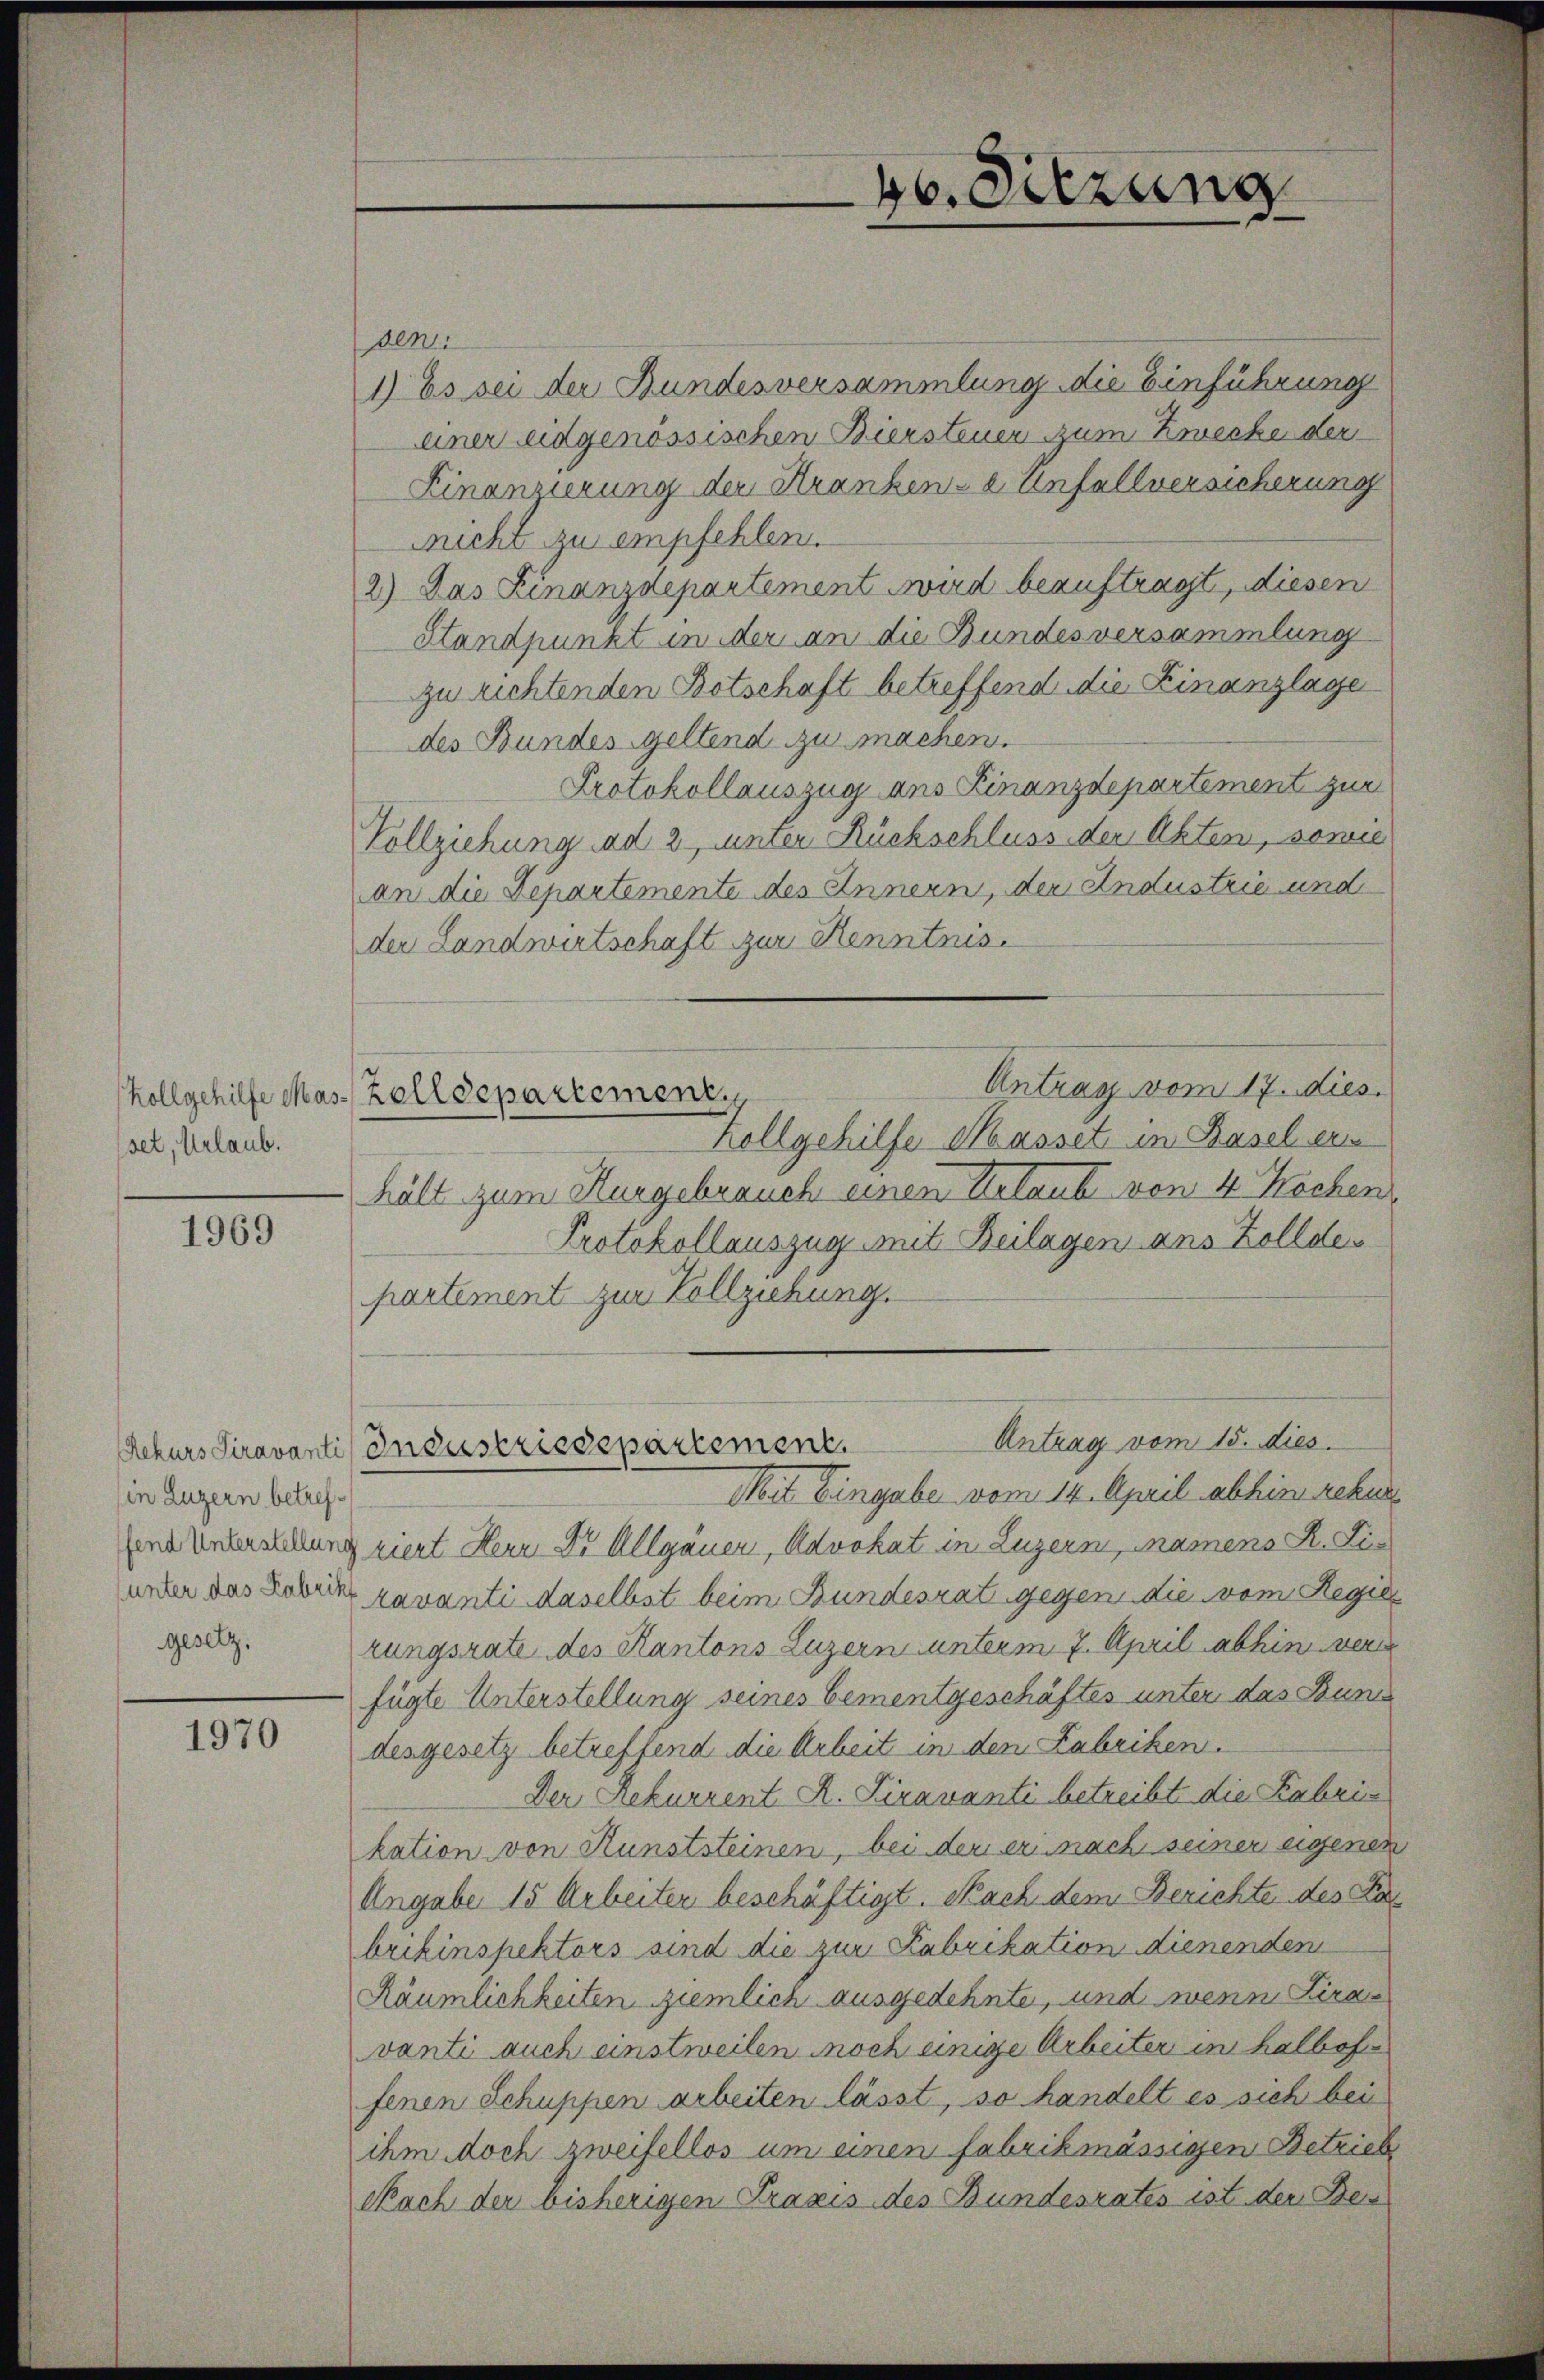
Zollgehilfe Mas-
set, Urlaub.

1969

in Luzern betrefgesetz.

1970

deni
1) Es sei der Bundesversammlung die Einführung
einer eidgenössischen Biersteuer zum Zwecke der
Linanzierung der Strankenze Unfellversicherung
Richt zu empfehlen.
2) Das Finanzdepartement wird beauftragt, diesen
Standpunkt in der an die Bundesversammlung
zu richtenden Botschaft betreffend die Finanzlage
des Bundes Geltend zu machen.
Protokollauszug aus Finanzdepartement zur
Vollziehung ad 2, unter Rückschluss der Akten, sonne
an die Departemente des Innern, der Industrie und
der Landwirtschaft zur Kenntnis.
Antrag vom 17. dies
Kollgehilfe Masset in Basel er
hält zum Kurgebrauch einen Urlaub von 4 Wochen,
Protokollauszug mit Beilagen aus Zolldepartement zur Vollziehung.
Antrag vom 15. dies
Rekurs Siravanti Industriedepartement.
Mit Eingabe vom 14. April abhin rekur
gendererstellung ziert Herr Dr. Allgäuer, Advokat in Luzern, mainens K. Lie
unter das Lobetz ravanti daselbst beim Bundesrat gegen die vom Regierungsrate des Kantons Luzern unterm 7. April abhin ver
fügte Unterstellung seines bementgeschäftes unter das Bun
desgesetz betreffend die Arbeit in den Zabriken.
Der Rekurrent R. Piravanti betreibt die Fabri
kation von Kunststeinen, bei der er nach seiner eigenen
Angabe 15 Arbeiter beschäftigt. Nach dem Berichte des Kanbrikinspektors sind die zur Fabrikation dienenden
Räumlichkeiten ziemlich ausgedehnte, und wenn Siravanti auch einstweilen noch einige Arbeiter in halboffenen Schuppen arbeiten lässt, so handelt es sich bei
ihm doch zweifellos um einen fabrikmässigen Betrieb
Nach der bisherigen Praxis des Bundesrates ist der Bein

Zolldepartement

46. Sitzung